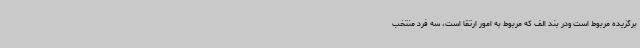
برگزیده مربوط است ودر بند الف که مربوط به امور ارتقا است، سه فرد منتخب